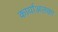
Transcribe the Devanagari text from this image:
कार्याअलका